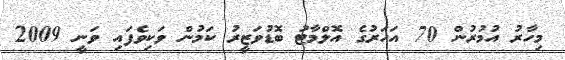
މިހާރު އުމުރުން 70 އަހަރުގެ އޮލްމާޓު ބޮޑުވަޒީރު ކަމުން ވަކިވެފައި ވަނީ 2009